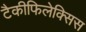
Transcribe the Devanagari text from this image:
टैकीफिलेक्सिस